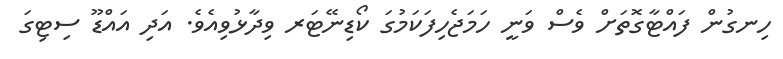
ހިނގުން ފައްޓާގޮތަށް ވެސް ވަނީ ހަމަޖެހިފަކަމުގަ ކޯޑިނޭޓަރ ވިދާޅުވިއެވެ. އަދި އައްޑޫ ސިޓިގަ